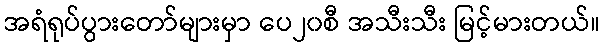
အရံရုပ်ပွားတော်များမှာ ပေ၂၀စီ အသီးသီး မြင့်မားတယ်။